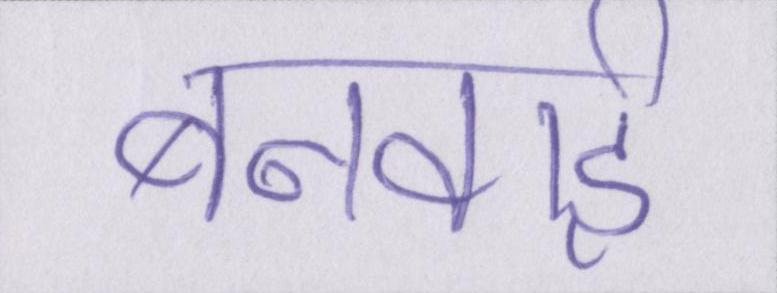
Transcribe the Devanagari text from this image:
बनवाई